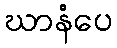
ဃာနံပေ